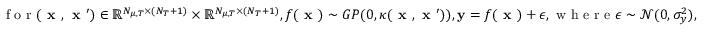
\textrm { f o r } ( \textbf { x } , \textbf { x } ^ { \prime } ) \in \mathbb { R } ^ { N _ { \mu , T } \times ( N _ { T } + 1 ) } \times \mathbb { R } ^ { N _ { \mu , T } \times ( N _ { T } + 1 ) } , f ( \textbf { x } ) \sim G P ( 0 , \kappa ( \textbf { x } , \textbf { x } ^ { \prime } ) ) , \mathbf { y } = f ( \textbf { x } ) + \epsilon , \textrm { w h e r e } \epsilon \sim \mathcal { N } ( 0 , \sigma _ { y } ^ { 2 } ) ,